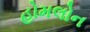
હોમલોન